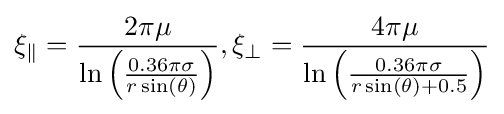
\xi _{\parallel }={\frac {2\pi \mu }{\ln \left({\frac {0.36\pi \sigma }{r\sin(\theta )}}\right)}},\xi _{\perp }={\frac {4\pi \mu }{\ln \left({\frac {0.36\pi \sigma }{r\sin(\theta )+0.5}}\right)}}